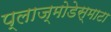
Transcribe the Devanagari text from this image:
प्लाज्मोडेस्माटा